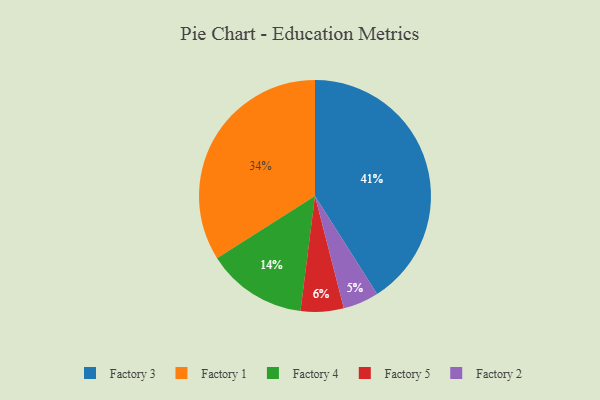
{"axis": {"x": "Category", "y": "Percentage"}, "legend": ["Factory 1", "Factory 2", "Factory 3", "Factory 4", "Factory 5"], "data": [{"x": "Factory 2", "y": 5, "type": "Factory 2"}, {"x": "Factory 3", "y": 41, "type": "Factory 3"}, {"x": "Factory 4", "y": 14, "type": "Factory 4"}, {"x": "Factory 5", "y": 6, "type": "Factory 5"}, {"x": "Factory 1", "y": 34, "type": "Factory 1"}]}